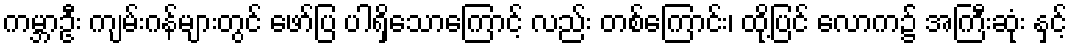
ကမ္ဘာဦး ကျမ်းဂန်များတွင် ဖော်ပြ ပါရှိသောကြောင့် လည်း တစ်ကြောင်း၊ ထို့ပြင် လောက၌ အကြီးဆုံး နှင့်